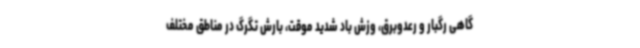
گاهی رگبار و رعدوبرق، وزش باد شدید موقت، بارش تگرگ در مناطق مختلف